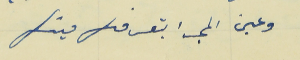
وعين المحبة بتعرفك مينك